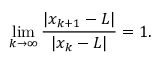
\operatorname* { l i m } _ { k \to \infty } { \frac { | x _ { k + 1 } - L | } { | x _ { k } - L | } } = 1 .